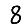
Digit: 8